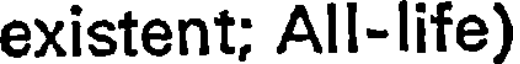
existent; All-life)